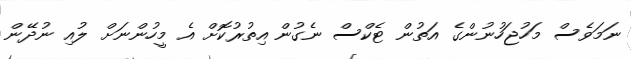
ނަމަވެސް މަހުޖަހުނުންގެ އަތުން ޓެކްސް ނެގުން އިތުރުކޮށް އެ މީހުންނަށް ލުއި ނުދޭން